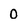
Character: 0